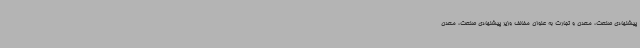
پیشنهادی صنعت، معدن و تجارت به عنوان مخالف وزیر پیشنهادی صنعت، معدن